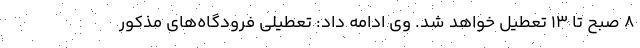
۸ صبح تا ۱۳ تعطیل خواهد شد. وی ادامه داد: تعطیلی فرودگاه‌های مذکور